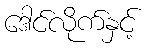
ဒေါင်လိုက်နှင့်